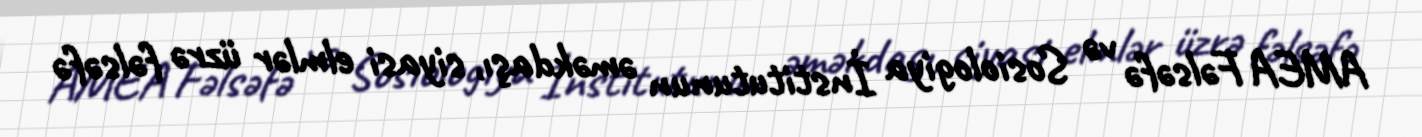
AMEA Fəlsəfə və Sosiologiya İnstitutunun əməkdaşı, siyasi elmlər üzrə fəlsəfə